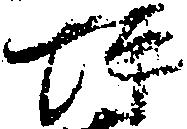
坪